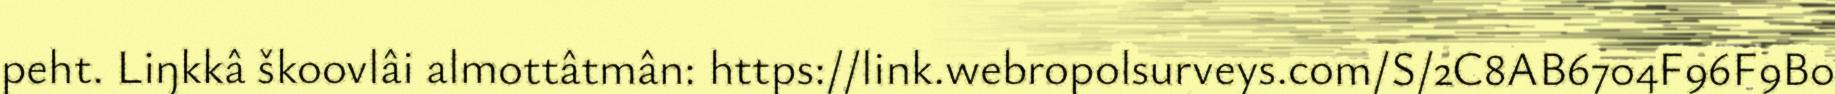
peht. Liŋkkâ škoovlâi almottâtmân: https://link.webropolsurveys.com/S/2C8AB6704F96F9B0